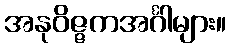
အနုဝိဇ္ဇကအင်္ဂါများ။